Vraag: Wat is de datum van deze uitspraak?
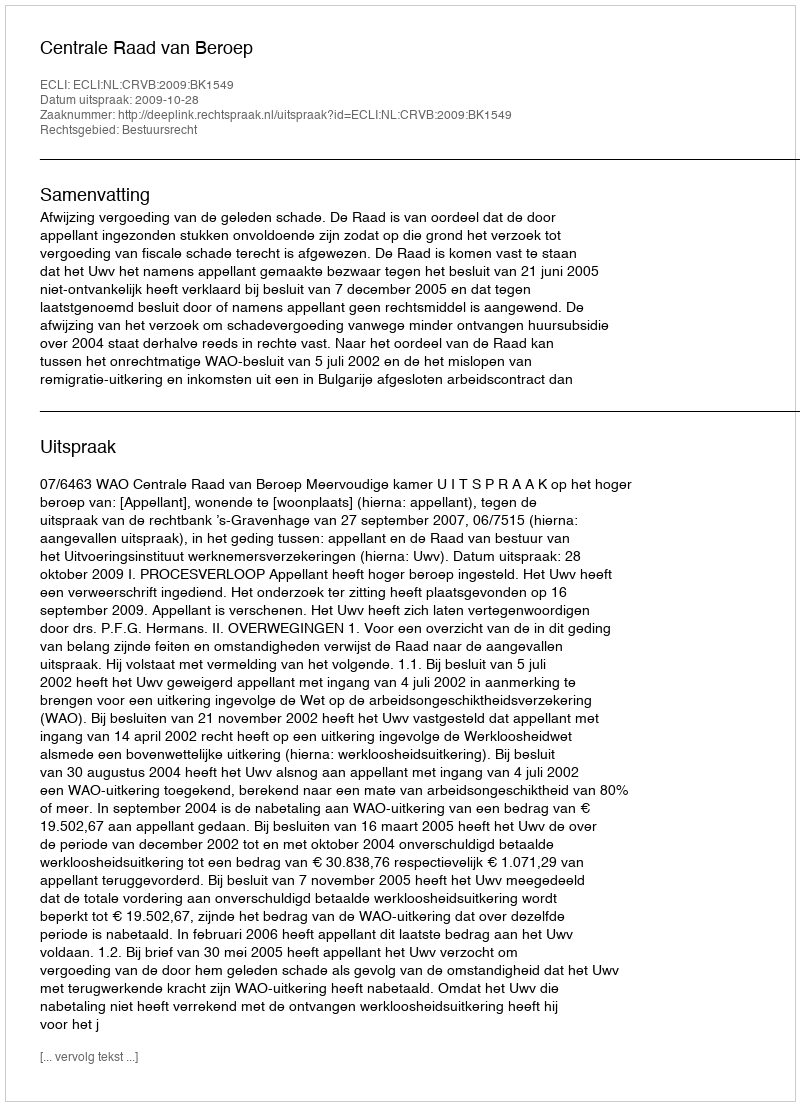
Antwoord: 2009-10-28